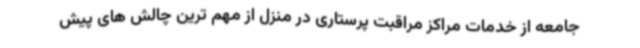
جامعه از خدمات مراکز مراقبت پرستاری در منزل از مهم ترین چالش های پیش